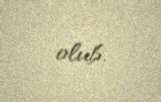
olub.